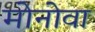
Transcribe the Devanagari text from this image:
मोनोवा